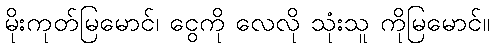
မိုးကုတ်မြမောင်၊ ငွေကို လေလို သုံးသူ ကိုမြမောင်။